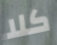
كلا